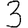
Digit: 3